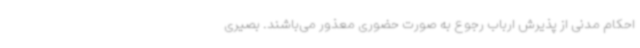
احکام مدنی از پذیرش ارباب رجوع به صورت حضوری معذور می‌باشند. بصیری